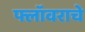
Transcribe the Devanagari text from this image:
फ्लॉवराचे